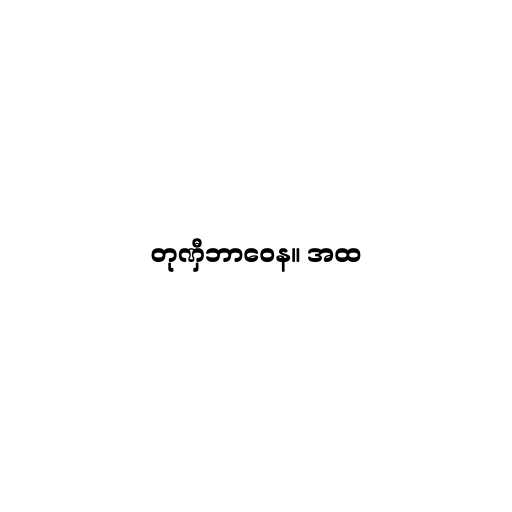
တုဏှီဘာဝေန။ အထ